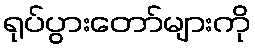
ရုပ်ပွားတော်များကို